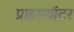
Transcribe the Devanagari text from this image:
प्राइसवॉटर